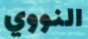
النووي